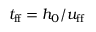
t _ { \mathrm { f f } } = h _ { 0 } / u _ { \mathrm { f f } }